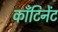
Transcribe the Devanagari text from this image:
काँटिनेंट